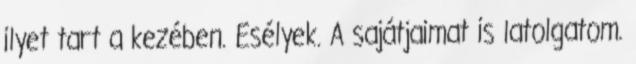
ilyet tart a kezében. Esélyek. A sajátjaimat is latolgatom.